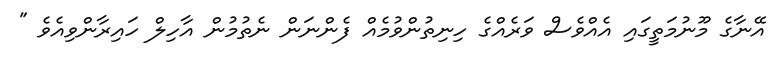
އޭނާގެ މޫނުމަތީގައި އެއްވެސް ވަރެއްގެ ހިނިތުންވުމެއް ފެންނަން ނެތުމުން އާހިލް ހައިރާންވިއެވެ "